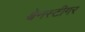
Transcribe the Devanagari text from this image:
श्वेनस्टीगर